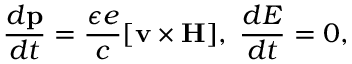
{ \frac { d { \bf p } } { d t } } = { \frac { \epsilon e } { c } } [ { \bf v } \times { \bf H } ] , \; { \frac { d E } { d t } } = 0 ,